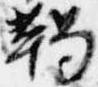
鞨